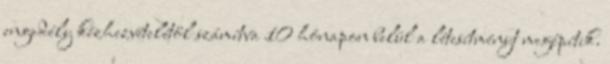
engedély kézhezvételétől számítva 10 hónapon belül a létesítményt megépítik.